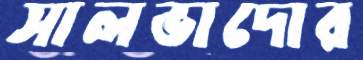
সালভাদোর